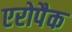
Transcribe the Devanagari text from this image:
एरोपैक